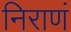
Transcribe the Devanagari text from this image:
निराणं